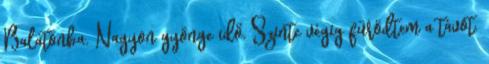
Balatonba. Nagyon gyönge idő. Szinte végig fürödtem a távot.